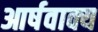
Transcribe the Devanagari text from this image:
आर्षवाक्य